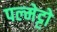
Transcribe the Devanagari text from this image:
पल्मेट्टो